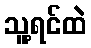
သူ့ရင်ထဲ